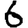
Digit: 6